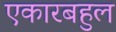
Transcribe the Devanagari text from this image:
एकारबहुल